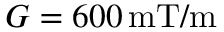
G = 6 0 0 \, \mathrm { m T / m }